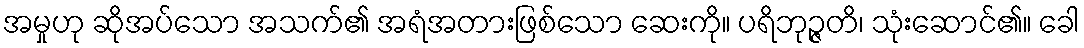
အမှုဟု ဆိုအပ်သော အသက်၏ အရံအတားဖြစ်သော ဆေးကို။ ပရိဘုဉ္ဇတိ၊ သုံးဆောင်၏။ ခေါ